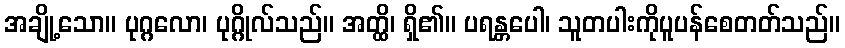
အချို့သော။ ပုဂ္ဂလော၊ ပုဂ္ဂိုလ်သည်။ အတ္ထိ၊ ရှိ၏။ ပရန္တပေါ၊ သူတပါးကိုပူပန်စေတတ်သည်။